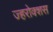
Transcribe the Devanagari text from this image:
ज्हरोक्शस